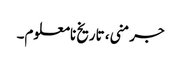
جرمنی، تاریخ نامعلوم۔